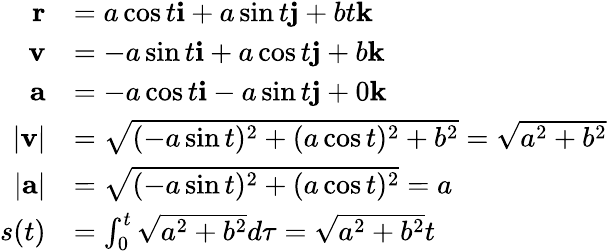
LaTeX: {\begin{array}{rl}{\mathbf{r}}&{=a\cos t\mathbf{i}+a\sin t\mathbf{j}+bt\mathbf{k}}\\ {\mathbf{v}}&{=-a\sin t\mathbf{i}+a\cos t\mathbf{j}+b\mathbf{k}}\\ {\mathbf{a}}&{=-a\cos t\mathbf{i}-a\sin t\mathbf{j}+0\mathbf{k}}\\ {|\mathbf{v}|}&{={\sqrt{(-a\sin t)^{2}+(a\cos t)^{2}+b^{2}}}={\sqrt{a^{2}+b^{2}}}}\\ {|\mathbf{a}|}&{={\sqrt{(-a\sin t)^{2}+(a\cos t)^{2}}}=a}\\ {s(t)}&{=\int_{0}^{t}{\sqrt{a^{2}+b^{2}}}d\tau={\sqrt{a^{2}+b^{2}}}t}\end{array}}